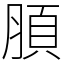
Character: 䐓